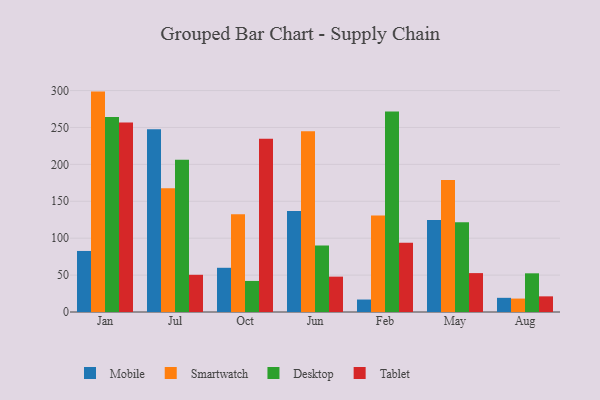
{"axis": {"x": "Month", "y": "Demand Index"}, "legend": ["Desktop", "Mobile", "Smartwatch", "Tablet"], "data": [{"x": "Jan", "y": 82.7, "type": "Mobile"}, {"x": "Jan", "y": 298.6, "type": "Smartwatch"}, {"x": "Jan", "y": 264.2, "type": "Desktop"}, {"x": "Jan", "y": 256.8, "type": "Tablet"}, {"x": "Jul", "y": 247.5, "type": "Mobile"}, {"x": "Jul", "y": 167.7, "type": "Smartwatch"}, {"x": "Jul", "y": 206.3, "type": "Desktop"}, {"x": "Jul", "y": 50.4, "type": "Tablet"}, {"x": "Oct", "y": 59.9, "type": "Mobile"}, {"x": "Oct", "y": 132.6, "type": "Smartwatch"}, {"x": "Oct", "y": 42.1, "type": "Desktop"}, {"x": "Oct", "y": 234.7, "type": "Tablet"}, {"x": "Jun", "y": 136.9, "type": "Mobile"}, {"x": "Jun", "y": 245.0, "type": "Smartwatch"}, {"x": "Jun", "y": 90.2, "type": "Desktop"}, {"x": "Jun", "y": 47.9, "type": "Tablet"}, {"x": "Feb", "y": 16.9, "type": "Mobile"}, {"x": "Feb", "y": 130.8, "type": "Smartwatch"}, {"x": "Feb", "y": 271.7, "type": "Desktop"}, {"x": "Feb", "y": 93.7, "type": "Tablet"}, {"x": "May", "y": 124.5, "type": "Mobile"}, {"x": "May", "y": 179.0, "type": "Smartwatch"}, {"x": "May", "y": 121.6, "type": "Desktop"}, {"x": "May", "y": 52.7, "type": "Tablet"}, {"x": "Aug", "y": 19.2, "type": "Mobile"}, {"x": "Aug", "y": 18.2, "type": "Smartwatch"}, {"x": "Aug", "y": 52.4, "type": "Desktop"}, {"x": "Aug", "y": 21.2, "type": "Tablet"}]}